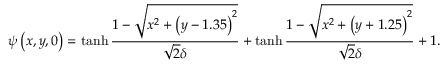
\psi \left( x , y , 0 \right) = \operatorname { t a n h } { \frac { 1 - \sqrt { x ^ { 2 } + \left( y - 1 . 3 5 \right) ^ { 2 } } } { \sqrt { 2 } \delta } } + \operatorname { t a n h } { \frac { 1 - \sqrt { x ^ { 2 } + \left( y + 1 . 2 5 \right) ^ { 2 } } } { \sqrt { 2 } \delta } } + 1 .